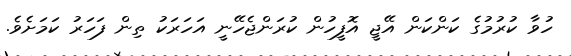
ހުވާ ކުރުމުގެ ކަންކަން އޭޖީ އޮފީހުން ކުރަންޖެހޭނީ އަހަރަކު ތިން ފަހަރުު ކަމަށެވެ.